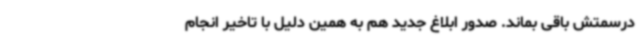
درسمتش باقی بماند. صدور ابلاغ جدید هم به همین دلیل با تاخیر انجام